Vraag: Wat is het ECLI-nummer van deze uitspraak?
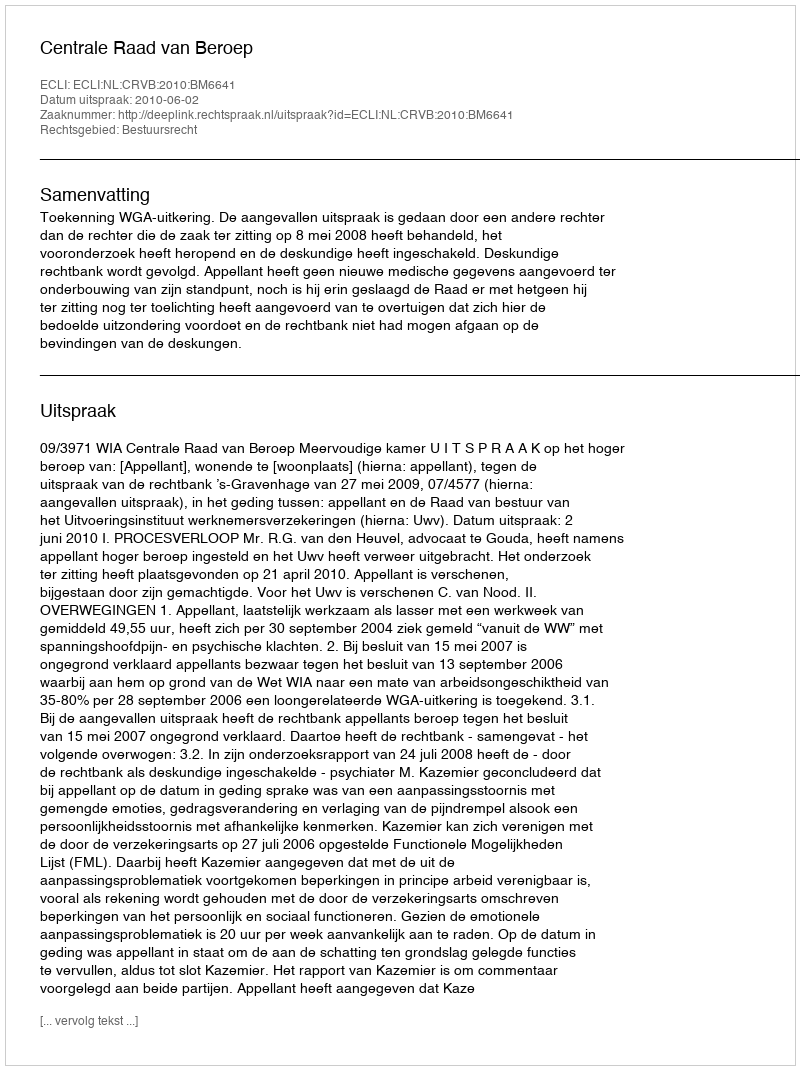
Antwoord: ECLI:NL:CRVB:2010:BM6641